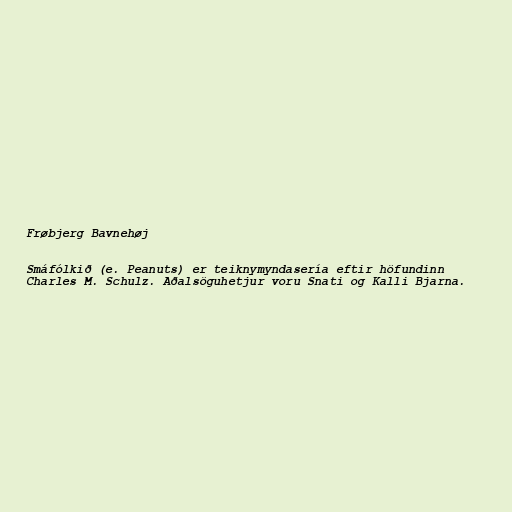
Frøbjerg Bavnehøj

Smáfólkið (e. Peanuts) er teiknymyndasería eftir höfundinn
Charles M. Schulz. Aðalsöguhetjur voru Snati og Kalli Bjarna.